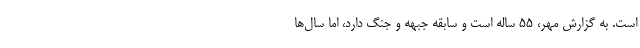
است. به گزارش مهر، ۵۵ ساله است و سابقه جبهه و جنگ دارد، اما سال‌ها